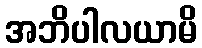
အဘိပါလယာမိ